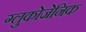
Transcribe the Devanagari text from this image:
ग्लुकोजेनिक